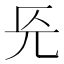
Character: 𭀟